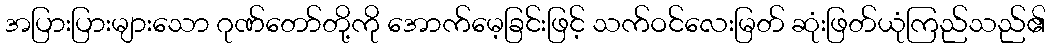
အပြားပြားများသော ဂုဏ်တော်တို့ကို အောက်မေ့ခြင်းဖြင့် သက်ဝင်လေးမြတ် ဆုံးဖြတ်ယုံကြည်သည်၏